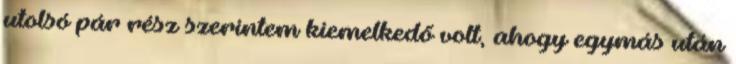
utolsó pár rész szerintem kiemelkedő volt, ahogy egymás után